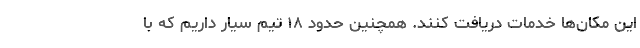
این مکان‌ها خدمات دریافت کنند. همچنین حدود ۱۸ تیم سیار داریم که با